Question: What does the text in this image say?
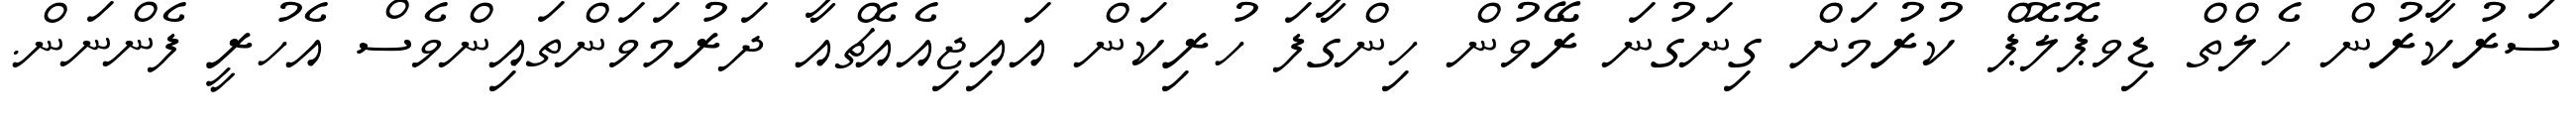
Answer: ސަރުކާރުން ހެލްތް ޑިވޕޮލޮޕް ކުރުމަށް ގިނަގުނަ ރޭވުން ހިންގާފަ ހުރިކަން އައިޖިއެއެޗްއާ ދަރުމަވަންތައިންވެސް އެހުރީ ފެންނަން.